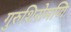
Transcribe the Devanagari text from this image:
गुरुशिरोमणि